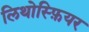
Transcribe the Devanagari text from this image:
लिथोस्फ़ियर